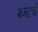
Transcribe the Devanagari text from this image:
बजेटची